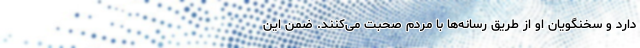
دارد و سخنگویان او از طریق رسانه‌ها با مردم صحبت می‌کنند. ضمن این